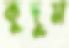
কুদুম